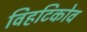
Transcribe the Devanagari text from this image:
विहटिकोव